Lunatic asylums in Bengal annual reports 1899-1911 - 1899-1911
Year: 1899
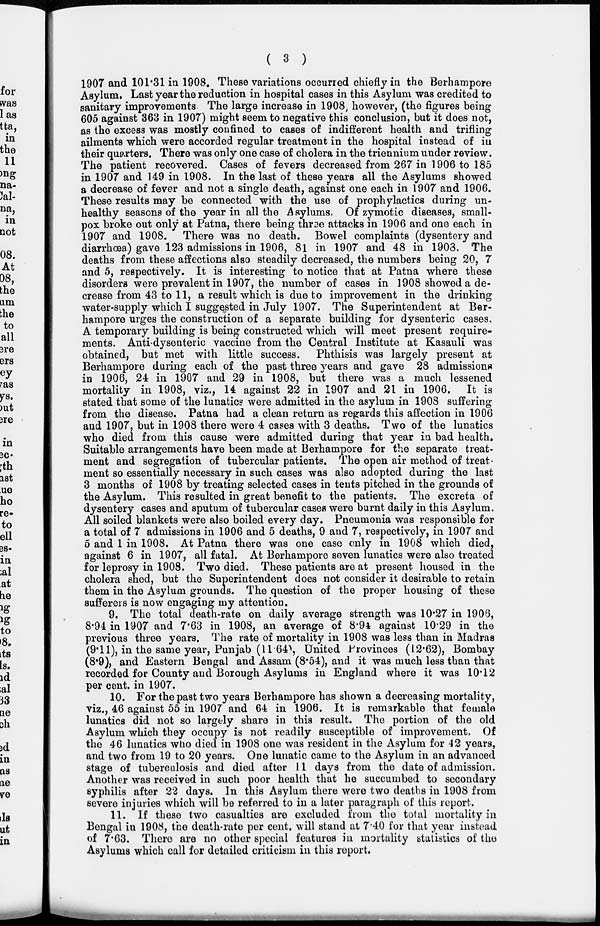
( 3 )
1907 and 101.31 in 1908. These variations occurred chiefly in the Berhampore
Asylum. Last year the reduction in hospital cases in this Asylum was credited to
sanitary improvements The large increase in 1908, however, (the figures being
605 against 363 in 1907) might seem to negative this conclusion, but it does not,
as the excess was mostly confined to cases of indifferent health and trifling
ailments which were accorded regular treatment in the hospital instead of in
their quarters. There was only one case of cholera in the triennium under review.
The patient recovered. Cases of fevers decreased from 267 in 1906 to 185
in 1907 and 149 in 1908. In the last of these years all the Asylums showed
a decrease of fever and not a single death, against one each in 1907 and 1906.
These results may be connected with the use of prophylactics during un-
healthy seasons of the year in all the Asylums. Of zymotic diseases, small-
pox broke out only at Patna, there being throe attacks in 1906 and one each in
1907 and 1908. There was no death. Bowel complaints (dysentery and
diarrhoea) gave 123 admissions in 1906, 81 in 1907 and 48 in 1908. The
deaths from these affections also steadily decreased, the numbers being 20, 7
and 5, respectively. It is interesting to notice that at Patna where these
disorders were prevalent in 1907, the number of cases in 1908 showed a de-
crease from 43 to 11, a result which is due to improvement in the drinking
water-supply which I suggested in July 1907. The Superintendent at Ber-
hampore urges the construction of a separate building for dysenteric cases.
A temporary building is being constructed which will meet present require-
ments. Anti-dysenteric vaccine from the Central Institute at Kasauli was
obtained, but met with little success. Phthisis was largely present at
Berhampore during each of the past three years and gave 28 admissions
in 1906, 24 in 1907 and 29 in 1908, but there was a much lessened
mortality in 1908, viz., 14 against 22 in 1907 and 21 in 1906. It is
stated that some of the lunatics were admitted in the asylum in 1908 suffering
from the disease. Patna had a clean return as regards this affection in 1906
and 1907, but in 1908 there were 4 cases with 3 deaths. Two of the lunatics
who died from this cause were admitted during that year in bad health.
Suitable arrangements have been made at Berhampore for the separate treat-
ment and segregation of tubercular patients. The open air method of treat
ment so essentially necessary in such cases was also adopted during the last
3 months of 1908 by treating selected cases in tents pitched in the grounds of
the Asylum. This resulted in great benefit to the patients. The excreta of
dysentery cases and sputum of tubercular cases were burnt daily in this Asylum.
All soiled blankets were also boiled every day. Pneumonia was responsible for
a total of 7 admissions in 1906 and 5 deaths, 9 and 7, respectively, in 1907 and
5 and 1 in 1908. At Patna there was one case only in 1908 which died,
against 6 in 1907, all fatal. At Berhampore seven lunatics were also treated
for leprosy in 1908. Two died. These patients are at present housed in the
cholera shed, but the Superintendent does not consider it desirable to retain
them in the Asylum grounds. The question of the proper housing of these
sufferers is now engaging my attention.
9. The total death-rate on daily average strength was 10.27 in 1906,
8.94 in 1907 and 7.63 in 1908, an average of 8.94 against 10.29 in the
previous three years. The rate of mortality in 1908 was less than in Madras
(9.11), in the same year, Punjab (11.64), United Provinces (12.62), Bombay
(8.9), and Eastern Bengal and Assam (8.54), and it was much less than that
recorded for County and Borough Asylums in England where it was 10.12
per cent. in 1907.
10. For the past two years Berhampore has shown a decreasing mortality,
viz., 46 against 55 in 1907 and 64 in 1906. It is remarkable that female
lunatics did not so largely share in this result. The portion of the old
Asylum which they occupy is not readily susceptible of improvement. Of
the 46 lunatics who died in 1908 one was resident in the Asylum for 42 years,
and two from 19 to 20 years. One lunatic came to the Asylum in an advanced
stage of tuberculosis and died after 11 days from the date of admission.
Another was received in such poor health that he succumbed to secondary
syphilis after 22 days. In this Asylum there were two deaths in 1908 from
severe injuries which will be referred to in a later paragraph of this report.
11. If these two casualties are excluded from the total mortality in
Bengal in 1908, the death-rate per cent. will stand at 7.40 for that year instead
of 7.63. There are no other special features in mortality statistics of the
Asylums which call for detailed criticism in this report.